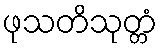
ဖုသတိသုတ္တံ